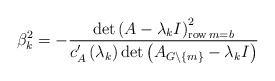
\begin{align*}\beta_{k}^{2}=-\frac{\det\left( A-\lambda_{k}I\right) _{\operatorname{row}m=b}^{2}}{c_{A}^{\prime}\left( \lambda_{k}\right) \det\left( A_{G\backslash\left\{ m\right\} }-\lambda_{k}I\right) } \end{align*}